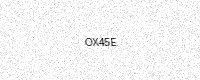
Text: OX45E